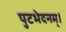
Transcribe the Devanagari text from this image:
पुटभेदनम्।